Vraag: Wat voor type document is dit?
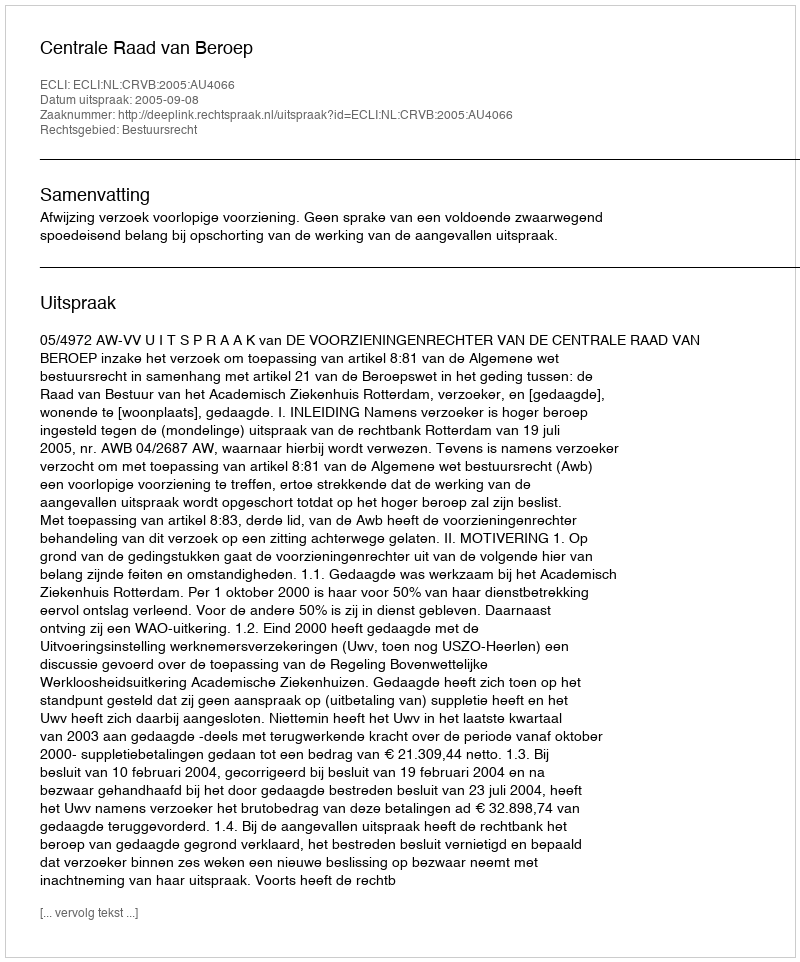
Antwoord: Uitspraak